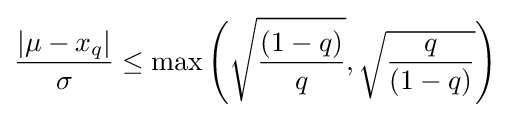
{\frac {|\mu -x_{q}|}{\sigma }}\leq \max \left({\sqrt {\frac {(1-q)}{q}}},{\sqrt {\frac {q}{(1-q)}}}\right)